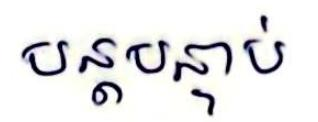
បន្តបន្ទាប់